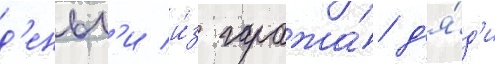
д'еньг'и и́з гаража́ д'я́д'и